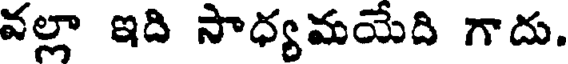
వల్లా ఇది సాధ్యమయేది గాదు.